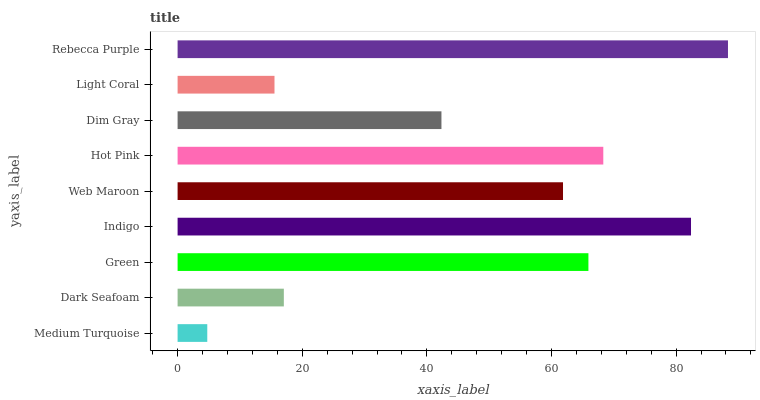
| yaxis_label | bars |
 | --- | --- |
 | Medium Turquoise | 4.76 |
 | Dark Seafoam | 17.1 |
 | Green | 65.9 |
 | Indigo | 82.4 |
 | Web Maroon | 61.8 |
 | Hot Pink | 68.3 |
 | Dim Gray | 42.3 |
 | Light Coral | 15.6 |
 | Rebecca Purple | 88.3 |